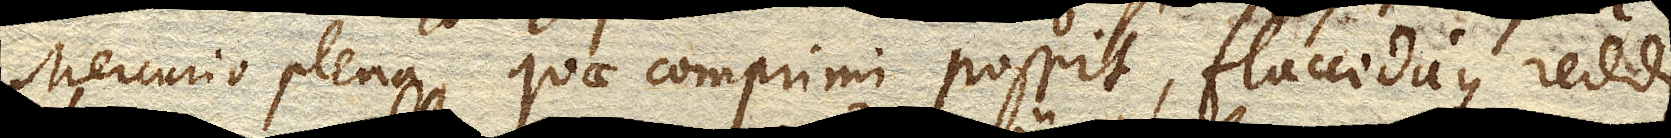
Mercurio plena quae comprimi possit, flaccidaque reddi.